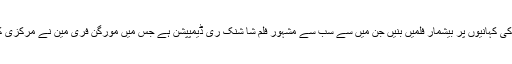
اسٹیفن کنگ کی کہانیوں پر بیشمار فلمیں بنیں جن میں سے سب سے مشہور فلم شا شنک ری ڈیمپپشن ہے جس میں مورگن فری مین نے مرکزی کردار ادا کیا۔